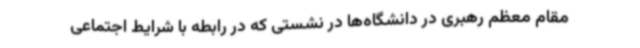
مقام معظم رهبری در دانشگاه‌ها در نشستی که در رابطه با شرایط اجتماعی